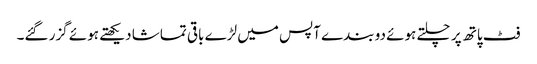
فٹ پاتھ پر چلتے ہوئے دو بندے آپس میں لڑے باقی تماشا دیکھتے ہوئے گزر گئے۔